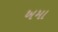
ખમા